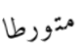
متورطا